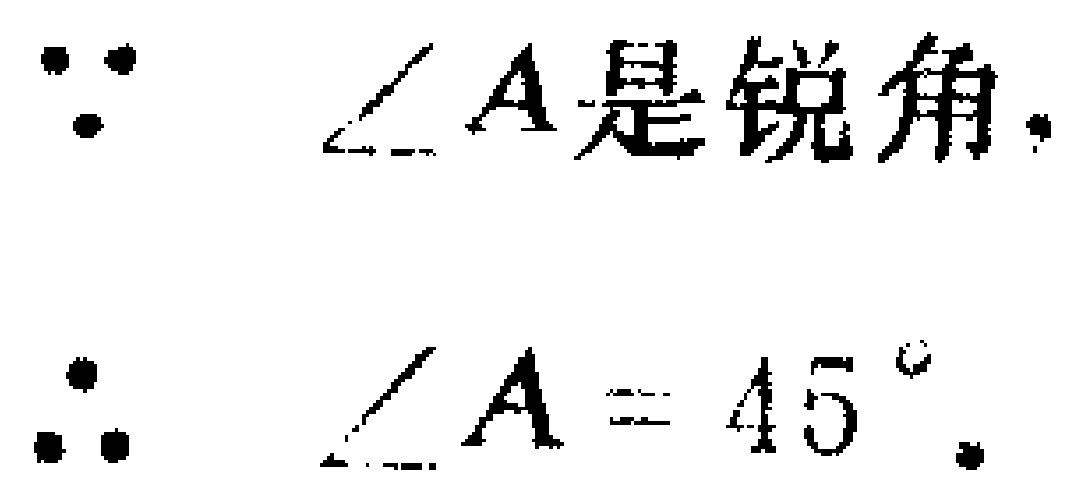
\begin{align*}
&\because\ \angle A\text{ 是锐角.}\\
&\therefore\ \angle A = 45^{\circ}.
\end{align*}